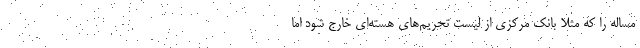
مساله را که مثلا بانک مرکزی از لیست تحریم‌های هسته‌ای خارج شود اما